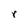
Character: r